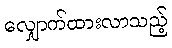
လျှောက်ထားလာသည့်